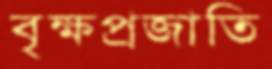
বৃক্ষপ্রজাতি